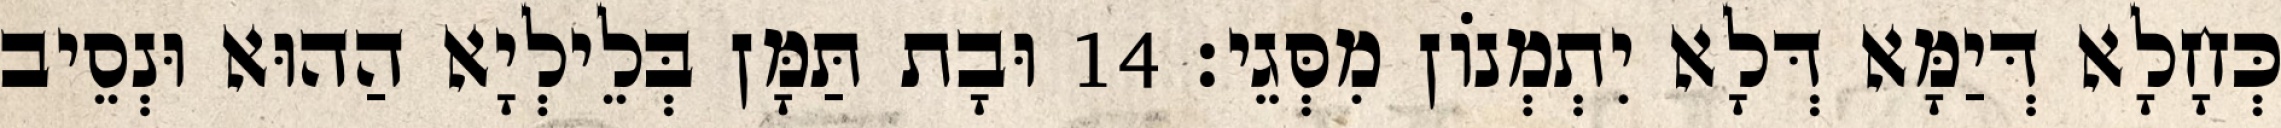
כְּחָלָא דְּיַמָּא דְּלָא יִתְמְנוֹן מִסְּגֵי׃ 14 וּבָת תַּמָּן בְּלֵילְיָא הַהוּא וּנְסֵיב